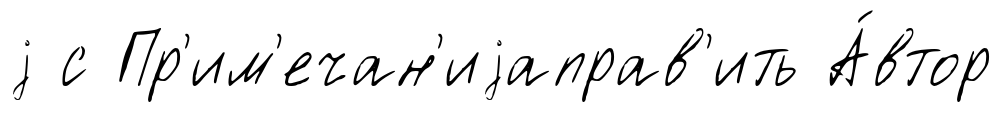
j с Пр'им'ечан'иjаправ'ить А́втор